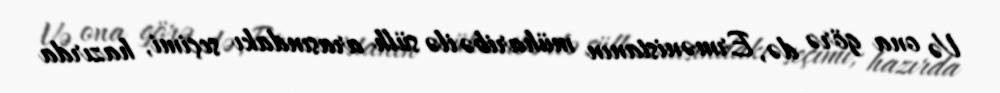
Və ona görə də, Ermənistanın müharibə ilə sülh arasındakı seçimi, hazırda